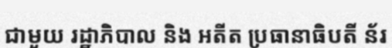
ជាមួយ រដ្ឋាភិបាល និង អតីត ប្រធានាធិបតី ន័រ